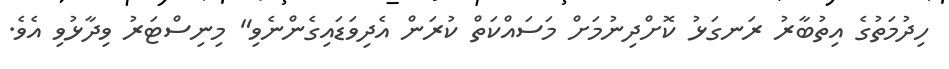
ހިދުމަތުގެ އިތުބާރު ރަނގަޅު ކޮށްދިނުމަށް މަސައްކަތް ކުރަން އެދިވަޑައިގެންނެވި" މިނިސްޓަރު ވިދާޅުވި އެވެ.